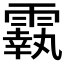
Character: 𩅀